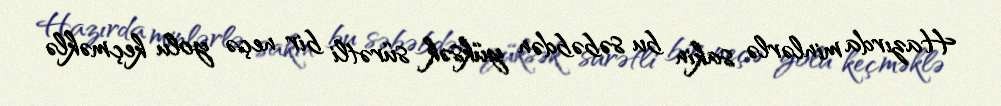
Hazırda minlərlə sakin bu səbəbdən yüksək sürətli bir neçə yolu keçməklə